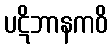
ပဋိဘာနကဝိ